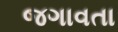
જગાવતા